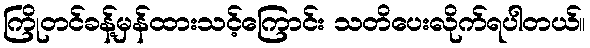
ကြိုတင်ခန့်မှန်ထားသင့်ကြောင်း သတိပေးလိုက်ရပါတယ်။